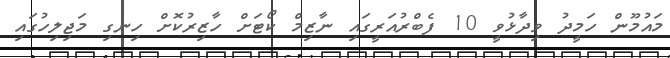
މައުމޫން ހަމީދު ވިދާޅުވީ 10 ފެބްރުއަރީގައި ނާޒިމް ކޯޓަށް ހާޒިރުކޮށް ހިނގި މަޖިލިހުގައި